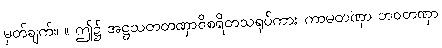
မှတ်ချက်။ ။ ဤ၌ အဋ္ဌသတတဏှာဝိစရိတသရုပ်ကား ကာမတဏှာ ဘဝတဏှာ